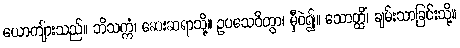
ယောကျ်ားသည်။ ဘိသက္ကံ၊ ဆေးဆရာသို့။ ဥပသေဝိတွာ၊ မှီဝဲ၍။ သောတ္ထိံ၊ ချမ်းသာခြင်းသို့။